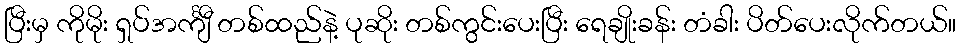
ပြီးမှ ကိုမိုး ရှပ်အင်္ကျီ တစ်ထည်နဲ့ ပုဆိုး တစ်ကွင်းပေးပြီး ရေချိုးခန်း တံခါး ပိတ်ပေးလိုက်တယ်။